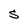
Character: S